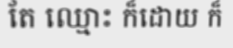
តែ ឈ្មោះ ក៏ដោយ ក៏